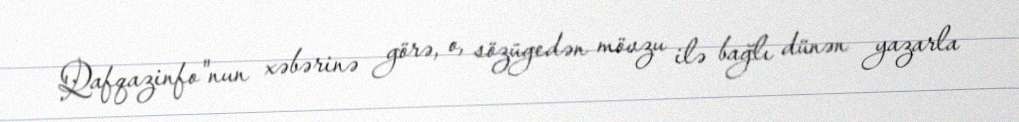
Qafqazinfo"nun xəbərinə görə, o, sözügedən mövzu ilə bağlı dünən yazarla